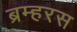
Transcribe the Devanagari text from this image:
ब्रम्हरस